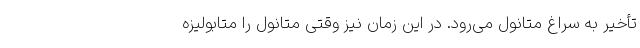
تأخیر به سراغ متانول می‌رود. در این زمان نیز وقتی متانول را متابولیزه